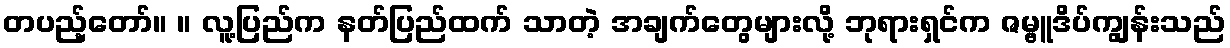
တပည့်တော်။ ။ လူ့ပြည်က နတ်ပြည်ထက် သာတဲ့ အချက်တွေများလို့ ဘုရားရှင်က ဇမ္ဗူဒိပ်ကျွန်းသည်